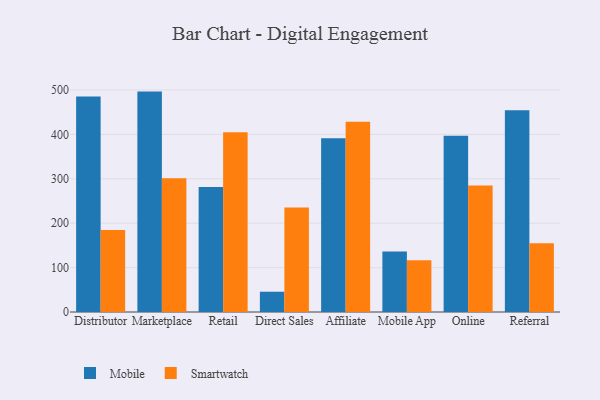
{"axis": {"x": "Channel", "y": "Active Users"}, "legend": ["Mobile", "Smartwatch"], "data": [{"x": "Distributor", "y": 485.1, "type": "Mobile"}, {"x": "Distributor", "y": 184.8, "type": "Smartwatch"}, {"x": "Marketplace", "y": 496.4, "type": "Mobile"}, {"x": "Marketplace", "y": 301.3, "type": "Smartwatch"}, {"x": "Retail", "y": 281.3, "type": "Mobile"}, {"x": "Retail", "y": 404.8, "type": "Smartwatch"}, {"x": "Direct Sales", "y": 45.7, "type": "Mobile"}, {"x": "Direct Sales", "y": 235.3, "type": "Smartwatch"}, {"x": "Affiliate", "y": 391.1, "type": "Mobile"}, {"x": "Affiliate", "y": 428.4, "type": "Smartwatch"}, {"x": "Mobile App", "y": 136.3, "type": "Mobile"}, {"x": "Mobile App", "y": 116.8, "type": "Smartwatch"}, {"x": "Online", "y": 396.7, "type": "Mobile"}, {"x": "Online", "y": 284.7, "type": "Smartwatch"}, {"x": "Referral", "y": 454.4, "type": "Mobile"}, {"x": "Referral", "y": 155.0, "type": "Smartwatch"}]}